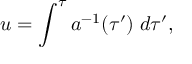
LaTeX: u = \int ^ { \tau } a ^ { - 1 } ( \tau ^ { \prime } ) \; d \tau ^ { \prime } ,